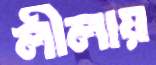
লীলায়